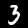
Digit: 3